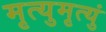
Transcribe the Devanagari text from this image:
मृत्युमृत्युं